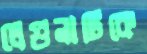
লেগুনাটিকে